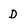
Character: D